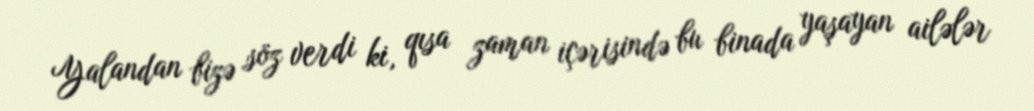
Yalandan bizə söz verdi ki, qısa zaman içərisində bu binada yaşayan ailələr